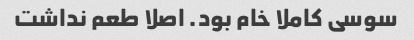
سوسی کاملا خام بود. اصلا طعم نداشت